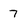
Character: 7